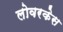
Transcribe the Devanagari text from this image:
लोवरकेस